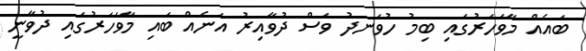
ބައެއް މާވަހަރުގައި ބިމު ހުވަނދު ވަސް ދުވާއިރު އަނެއް ބައި މާވަހަރުގައި ދުވާނީ